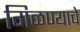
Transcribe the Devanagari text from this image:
गिळण्याचे